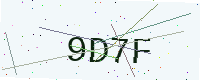
Text: 9D7F